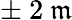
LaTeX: \pm~2~\mathfrak{m}